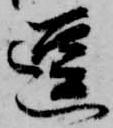
逗